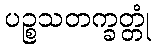
ပဉ္စသတက္ခတ္တုံ